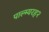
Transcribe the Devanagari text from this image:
पाल्म्यरह२